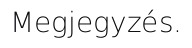
Megjegyzés.